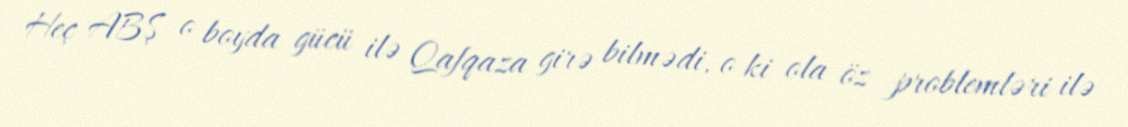
Heç ABŞ o boyda gücü ilə Qafqaza girə bilmədi, o ki ola öz problemləri ilə